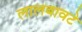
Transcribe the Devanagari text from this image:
लालबावटे